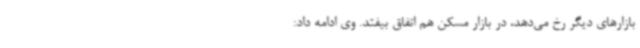
بازارهای دیگر رخ می‌دهد، در بازار مسکن هم اتفاق بیفتد. وی ادامه داد: